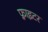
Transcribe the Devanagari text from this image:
फ़्राइटर